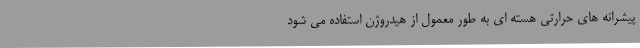
پیشرانه های حرارتی هسته ای به طور معمول از هیدروژن استفاده می شود